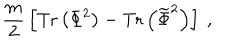
{ \frac { m } { 2 } } \left[ \mathrm { T r } \left( \Phi ^ { 2 } \right) - \mathrm { T r } \left( { \widetilde \Phi } ^ { 2 } \right) \right] ~ ,